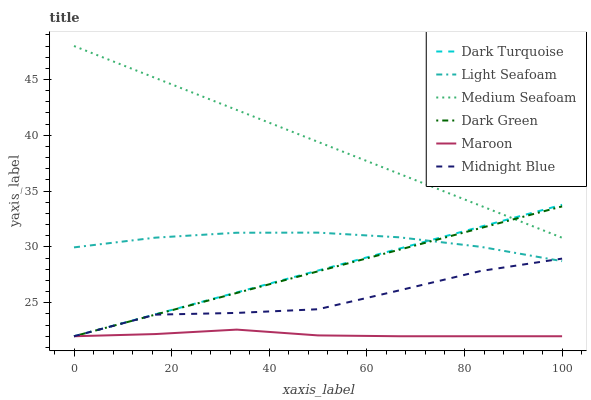
| xaxis_label | Dark Turquoise | Light Seafoam | Medium Seafoam | Dark Green | Maroon | Midnight Blue |
 | --- | --- | --- | --- | --- | --- | --- |
 | 0 | 22 | 30 | 48 | 22 | 22 | 22 |
 | 16.7 | 24 | 30.8 | 45.1 | 23.9 | 22.2 | 23.9 |
 | 33.3 | 25.9 | 31.3 | 42.3 | 25.9 | 22.6 | 24.1 |
 | 50 | 27.9 | 31.3 | 39.4 | 27.8 | 22.1 | 24.4 |
 | 66.7 | 29.9 | 30.9 | 36.5 | 29.8 | 22 | 26.1 |
 | 83.3 | 31.8 | 30 | 33.7 | 31.7 | 22 | 27.8 |
 | 100 | 33.8 | 28.7 | 30.8 | 33.6 | 22 | 29 |